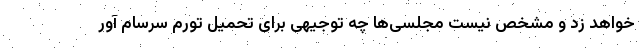
خواهد زد و مشخص نیست مجلسی‌ها چه توجیهی برای تحمیل تورم سرسام آور